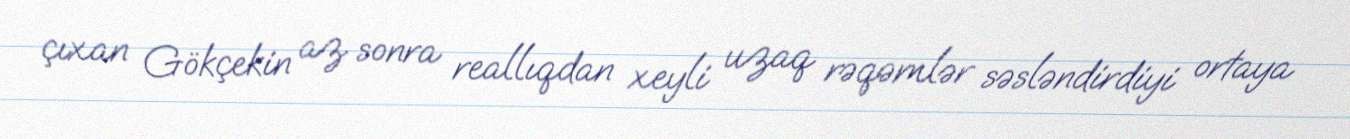
çıxan Gökçekin az sonra reallıqdan xeyli uzaq rəqəmlər səsləndirdiyi ortaya